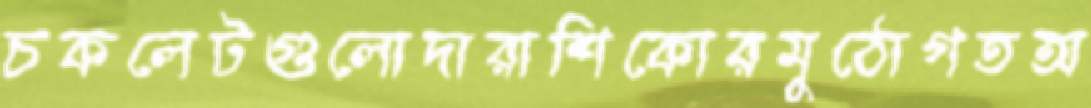
চকলেটগুলোদারাশিকোরমুঠোগতঅ